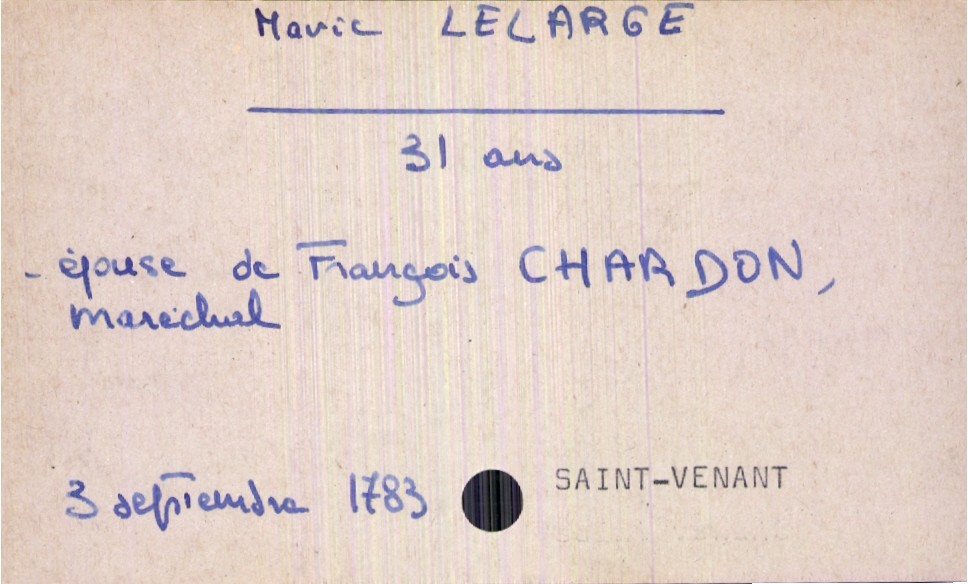
type_acte: Décès
année: 1783
mois: septembre
jour: 3
paroisse: Saint Venant
défunt_nom: Lelarge
défunt_prénom: Marie
défunt_sexe: F
défunt_âge: 31 ans
défunt_statut: marié(e)